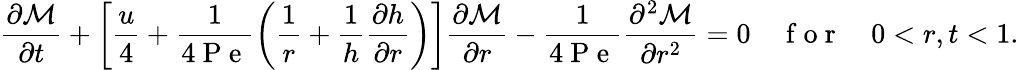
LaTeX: \frac{\partial\mathcal{M}}{\partial t}+\left[\frac{u}{4}+\frac{1}{4\mathrm{~P~e~}}\left(\frac{1}{r}+\frac{1}{h}\frac{\partial h}{\partial r}\right)\right]\frac{\partial\mathcal{M}}{\partial r}-\frac{1}{4\mathrm{~P~e~}}\frac{\partial^{2}\mathcal{M}}{\partial r^{2}}=0\quad\mathrm{~f~o~r~}\quad 0<r,t<1.